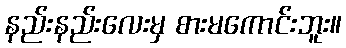
နည်းနည်းလေးမှ စားမကောင်းဘူး။